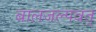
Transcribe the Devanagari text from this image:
बालजल्पवत्